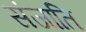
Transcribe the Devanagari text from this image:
संजाति